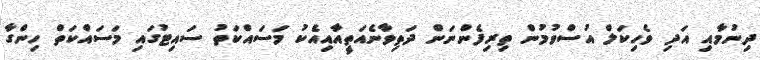
ދިނުމާއި އަދި ވެހިކަލް އުސްވުމުން ތިރިފެންނަން ދަތިވާނެއަތީއާއިއެކު މަސައްކަތު ސައިޓުގައި މަސައްކަތް ހިންގާ